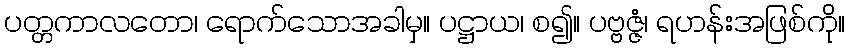
ပတ္တကာလတော၊ ရောက်သောအခါမှ။ ပဋ္ဌာယ၊ စ၍။ ပဗ္ဗဇ္ဇံ၊ ရဟန်းအဖြစ်ကို။